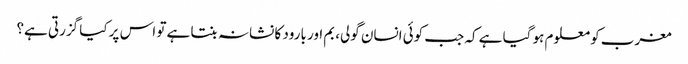
مغرب کو معلوم ہو گیا ہے کہ جب کوئی انسان گولی، بم اور بارود کا نشانہ بنتا ہے تو اس پر کیا گزرتی ہے؟